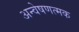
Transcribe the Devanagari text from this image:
अन्वेषणत्मक